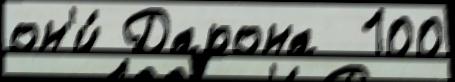
он'и́ Дарона  100